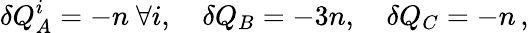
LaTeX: \delta Q_{A}^{i}=-n\ \forall i,\quad\delta Q_{B}=-3n,\quad\delta Q_{C}=-n\, ,